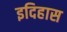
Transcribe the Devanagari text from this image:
इदिहास